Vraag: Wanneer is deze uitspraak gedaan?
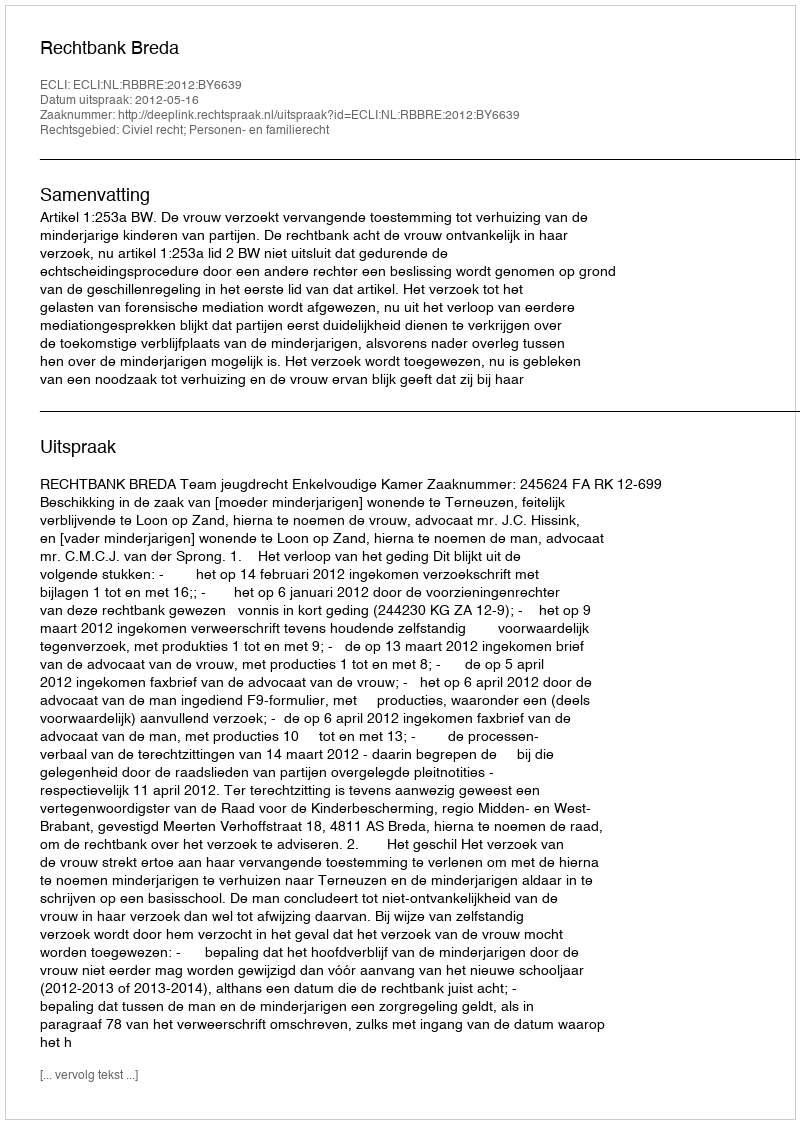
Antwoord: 2012-05-16